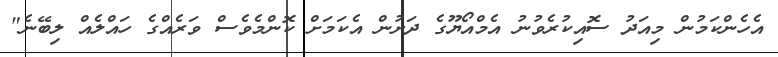
އެހެންކަމުން މިއަދު ސޮއިކުރެވުނު އެމްއޯޔޫގެ ދަށުން އެކަމަށް ކޮންމެވެސް ވަރެއްގެ ހައްލެއް ލިބޭނެ"